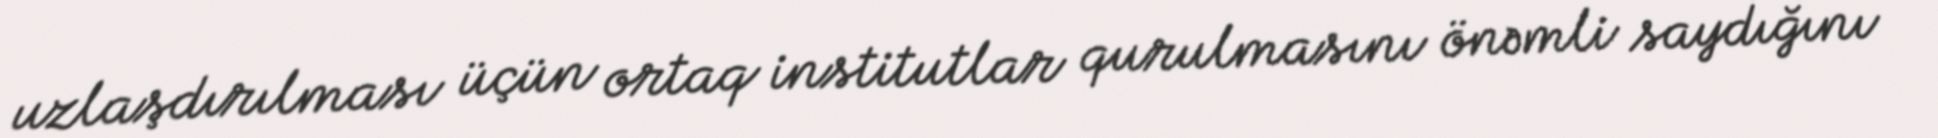
uzlaşdırılması üçün ortaq institutlar qurulmasını önəmli saydığını